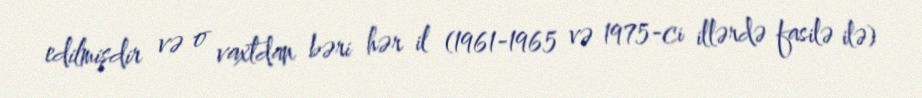
edilmişdir və o vaxtdan bəri hər il (1961-1965 və 1975-ci illərdə fasilə ilə)